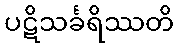
ပဋိသင်္ခရိဿတိ